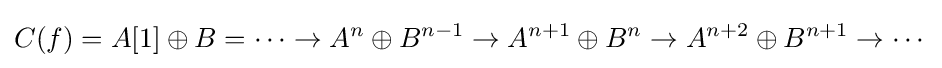
C(f)=A[1]\oplus B=\dots \to A^{n}\oplus B^{n-1}\to A^{n+1}\oplus B^{n}\to A^{n+2}\oplus B^{n+1}\to \cdots